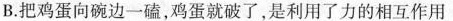
B.把鸡蛋向碗边一磕，鸡蛋就破了，是利用了力的相互作用